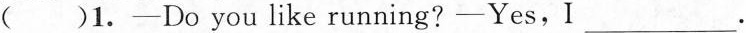
( )1.—Do you like running?—Yes,I___.